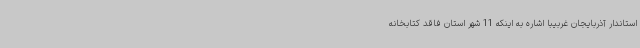
استاندار آذربایجان غربیبا اشاره به اینکه 11 شهر استان فاقد کتابخانه